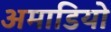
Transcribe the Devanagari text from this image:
अमाडियो